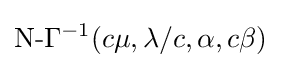
{\text{N-}}\Gamma ^{-1}(c\mu ,\lambda /c,\alpha ,c\beta )